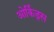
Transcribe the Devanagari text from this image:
ओर्किड्स